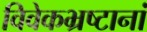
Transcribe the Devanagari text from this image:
विवेकभ्रष्टानां